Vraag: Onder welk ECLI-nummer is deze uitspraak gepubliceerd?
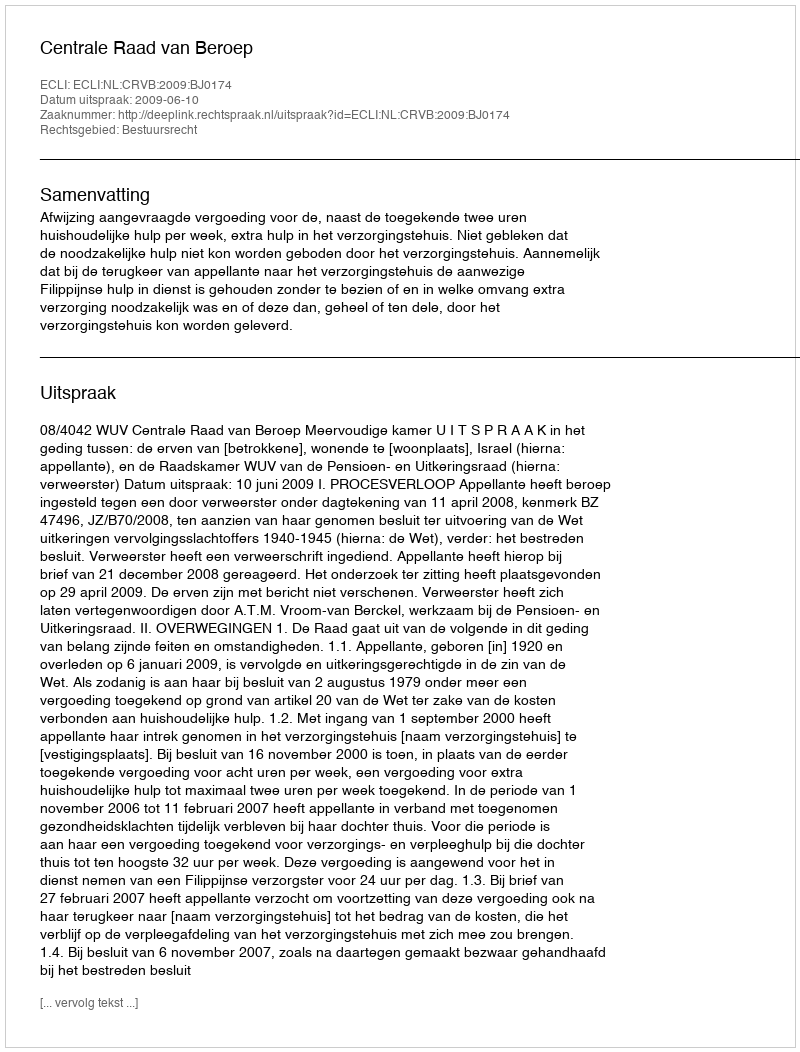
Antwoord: ECLI:NL:CRVB:2009:BJ0174